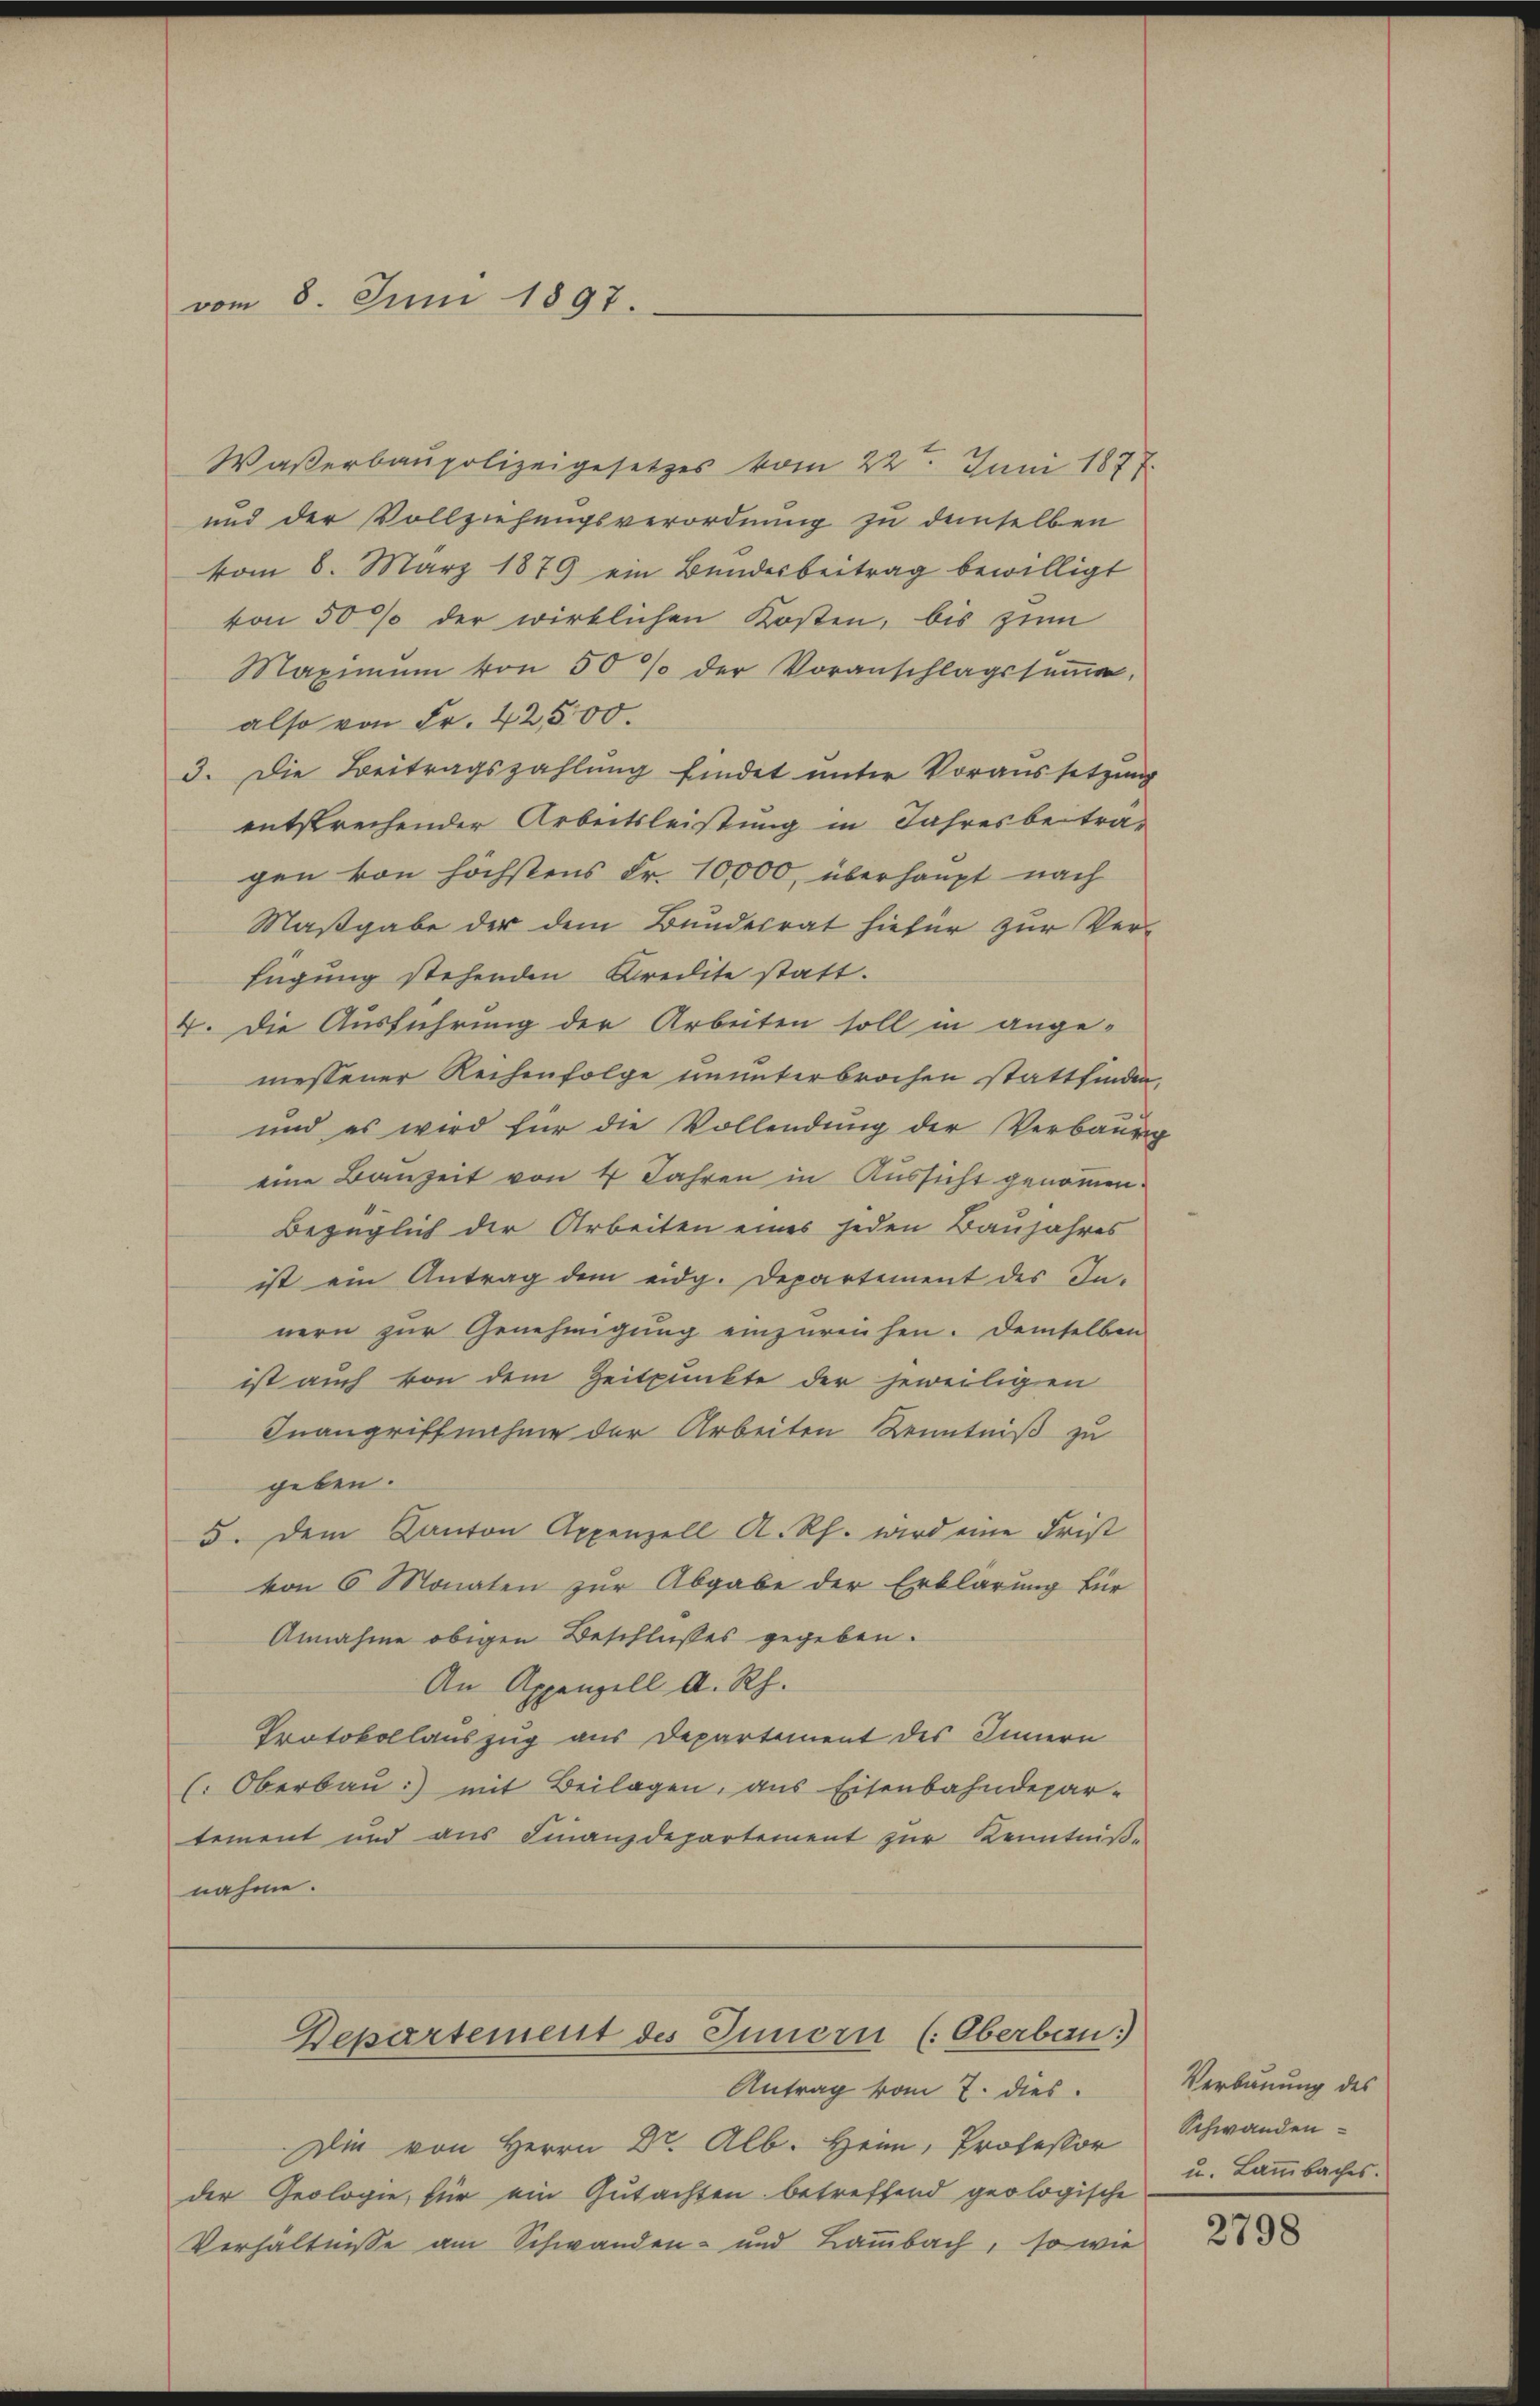
vom 8. Juni 1897.

Waßerbaupolizeigesetzes vom 22. Juni 1877.
und der Vollziehungsverordnung zu demselben
vom 6. März 1879 ein Bŭndesbeitrag bewilligt
von 50 % der wirklichen Kosten, bis zum
Maximum von 50 % der Voranschlagssŭṁe.
also von Fr. 42500.
3. Die Beitragszahlung findet unter Voraussetzung
entsprechender Arbeitsleistung in Jahresbetra-
gen von höchstens Fr. 10,000 überhaupt nach
Maßgabe der dem Bundesrat hiefür zur Verfügung stehenden Kredite statt.
4. Die Ausführung der Arbeiten soll in ange-
messener Reihenfolge ununterbrochen stattfinden,
und es wird für die Vollendung der Verbaurg
eine Bauzeit von 4 Jahren in Aussicht genommen.
Bezüglich der Arbeiten eines jeden Baujahres
ist ein Antrag dem eidg. Departement des In-
nern zur Genehmigung einzureichen. Demselben
ist auch von dem Zeitpunkte der jeweiligen
Inangriffnahme der Arbeiten Kenntniß zu
geben.
5. Dem Kanton Appenzell A. Rh. wird eine Frist
von 6 Monaten zur Abgabe der Erklärung für
Annahme obigen Beschlußes gegeben.
An Appenzell A. Rh.
Protokollauszug aus Departement des Innern
(: Oberbaŭ:) mit Beilagen, aus Eisenbahndepar-
tement und aus Finanzdepartement zur Kenntniß-
nahme.

Antrag vom 7. dies
Die von Herrn Dr. Alb. Heim, Professor
der Geologie, für ein Gutachten betreffend geologische
Verhältnisse am Schwanden- und Bambach, so wie

Departement des Innern (Oberban

Verbauung des
Schwanden-
u. Lammbaches.

2798